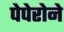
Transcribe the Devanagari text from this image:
पेपेरोने